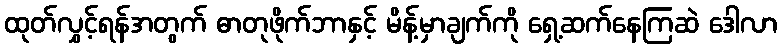
ထုတ်လွှင့်ရန်အတွက် ဓာတုဖိုက်ဘာနှင့် မိန့်မှာချက်ကို ရှေ့ဆက်နေကြဆဲ ဒေါလာ